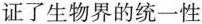
证了生物界的统一性